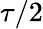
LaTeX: \tau/2